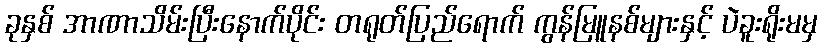
ခုနှစ် အာဏာသိမ်းပြီးနောက်ပိုင်း တရုတ်ပြည်ရောက် ကွန်မြူနစ်များနှင့် ပဲခူးရိုးမမှ